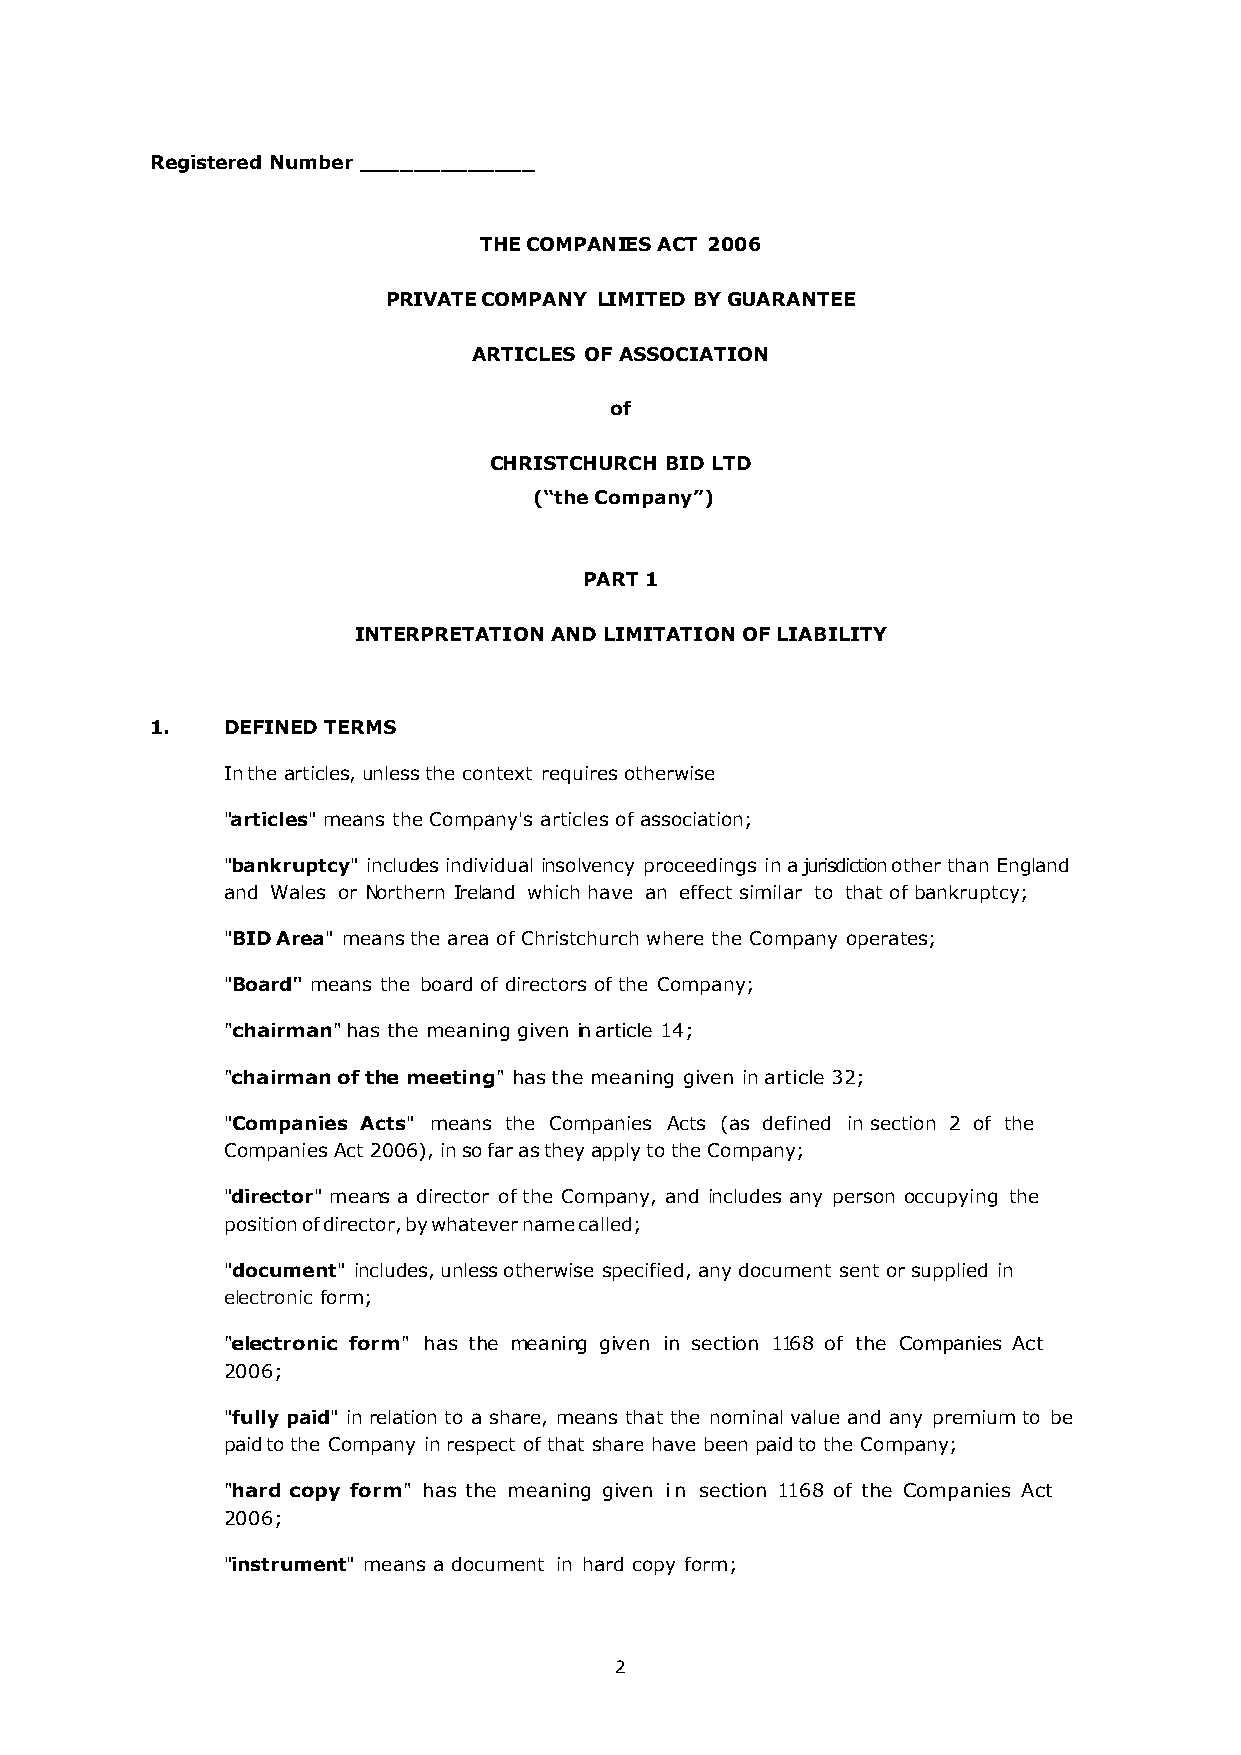
Registered Number _____________
 THE COMPANIES ACT 2006
 PRIVATE COMPANY LIMITED BY GUARANTEE
 ARTICLES OF ASSOCIATION
 of
 CHRISTCHURCH BID LTD
 (“the Company”)
 PART 1
 INTERPRETATION AND LIMITATION OF LIABILITY
 1.   DEFINED TERMS
 In the articles, unless the context requires otherwise
 "articles" means the Company's articles of association;
 "bankruptcy" includes individual insolvency proceedings in a jurisdiction other than England
 and Wales or Northern Ireland which have an effect similar to that of bankruptcy;
 "BID Area" means the area of Christchurch where the Company operates;
 "Board" means the board of directors of the Company;
 "chairman" has the meaning given in article 14;
 "chairman of the meeting" has the meaning given in article 32;
 "Companies Acts" means the Companies Acts (as defined in section 2 of the
 Companies Act 2006), in so far as they apply to the Company;
 "director" means a director of the Company, and includes any person occupying the
 position of director, by whatever name called;
 "document" includes, unless otherwise specified, any document sent or supplied in
 electronic form;
 "electronic form" has the meaning given in section 1168 of the Companies Act
 2006;
 "fully paid" in relation to a share, means that the nominal value and any premium to be
 paid to the Company in respect of that share have been paid to the Company;
 "hard copy form" has the meaning given in section 1168 of the Companies Act
 2006;
 "instrument" means a document in hard copy form;
 2